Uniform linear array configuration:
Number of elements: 8
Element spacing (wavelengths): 0.25
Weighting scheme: exponential
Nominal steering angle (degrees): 60
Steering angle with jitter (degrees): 59.447
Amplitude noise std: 0.05
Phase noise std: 0.05

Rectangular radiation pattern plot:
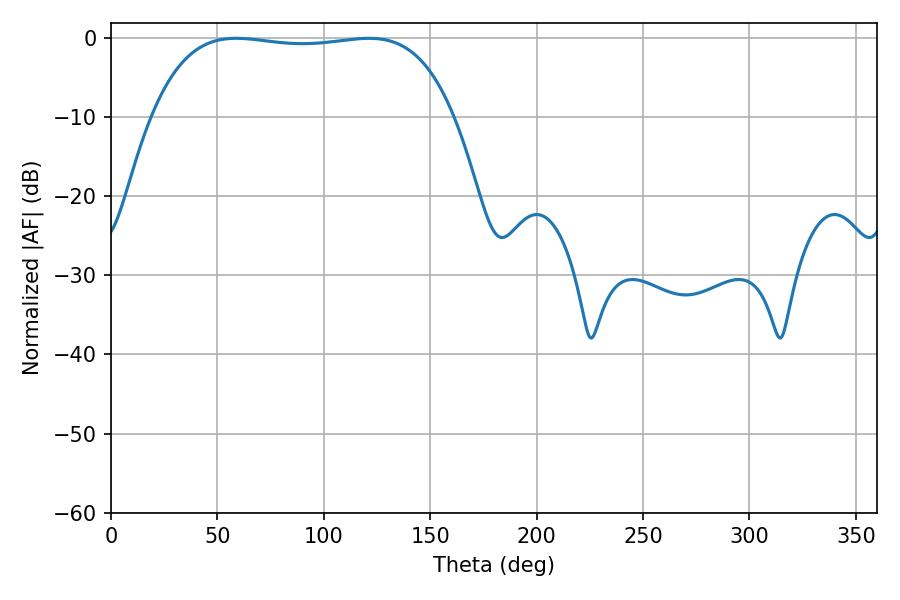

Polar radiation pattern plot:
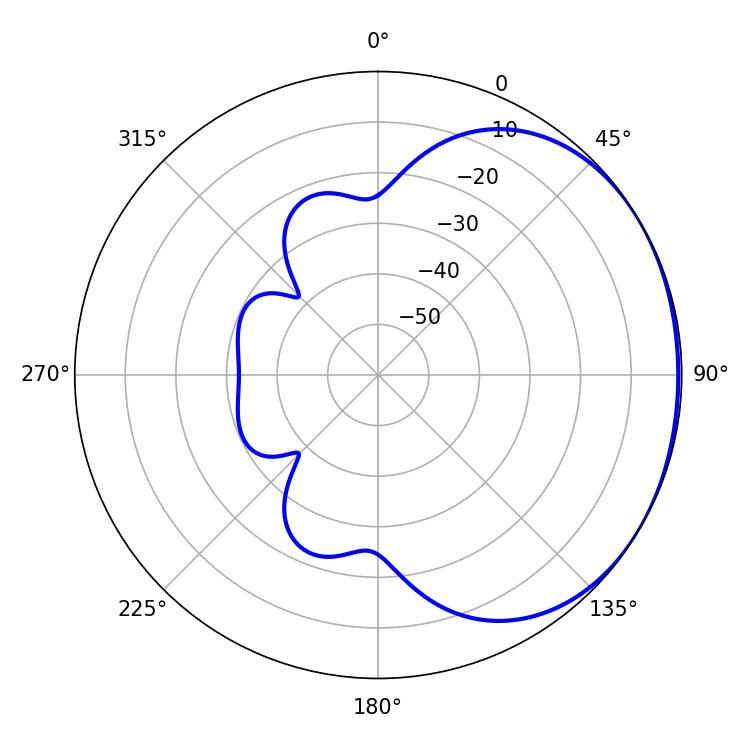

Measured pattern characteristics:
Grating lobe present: FALSE
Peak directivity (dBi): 1.09
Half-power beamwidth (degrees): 112.68
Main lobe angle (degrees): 58.86